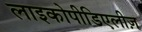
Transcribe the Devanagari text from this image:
लाइकोपीडिएलीज़